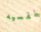
نفسيه